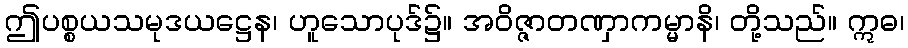
ဤပစ္စယသမုဒယဋ္ဌေန၊ ဟူသောပုဒ်၌။ အဝိဇ္ဇာတဏှာကမ္မာနိ၊ တို့သည်။ ဣဓ၊